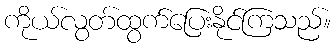
ကိုယ်လွတ်ထွက်ပြေးနိုင်ကြသည်။